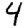
Digit: 4